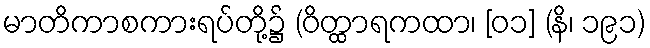
မာတိကာစကားရပ်တို့၌ (ဝိတ္ထာရကထာ၊ [၀၁] (နိ၊ ၁၉၁)